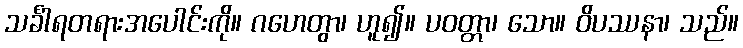
သင်္ခါရတရားအပေါင်းကို။ ဂဟေတွာ၊ ဟူ၍။ ပဝတ္တာ၊ သော။ ဝိပဿနာ၊ သည်။